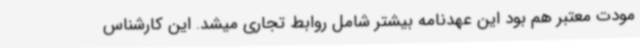
مودت معتبر هم بود این عهدنامه بیشتر شامل روابط تجاری میشد. این کارشناس